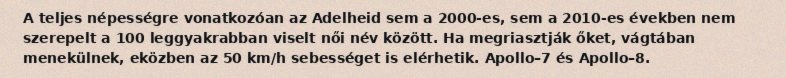
A teljes népességre vonatkozóan az Adelheid sem a 2000-es, sem a 2010-es években nem szerepelt a 100 leggyakrabban viselt női név között. Ha megriasztják őket, vágtában menekülnek, eközben az 50 km/h sebességet is elérhetik. Apollo–7 és Apollo–8.